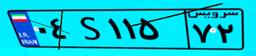
۰۴S۱۱۵۷۲